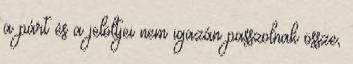
a párt és a jelöltjei nem igazán passzolnak össze,